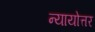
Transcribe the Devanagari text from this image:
न्यायोत्तर